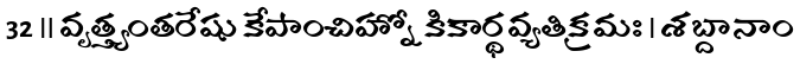
32 ॥ వృత్త్యంతరేషు కేపాంచిహ్నో కికార్థవ్యతిక్రమః । శబ్దానాం